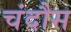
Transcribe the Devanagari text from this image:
चंदौस